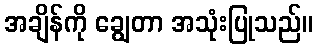
အချိန်ကို ချွေတာ အသုံးပြုသည်။